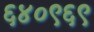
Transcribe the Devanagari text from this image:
६४०९६९